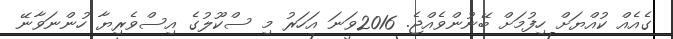
ގެއެއް ކުއްޔަށް ހިފުމަށް ބޭނުންވެއްޖެ. 2016ވަނަ އަހަރު މި ސްކޫލުގެ އިސްވެރިޔާ ހުންނަވާނޭ